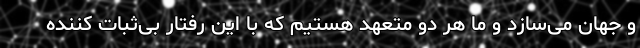
و جهان می‌سازد و ما هر دو متعهد هستیم که با این رفتار بی‌ثبات کننده